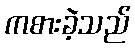
ကစားခဲ့သည်